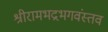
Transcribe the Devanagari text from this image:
श्रीरामभद्रभगवंस्तव